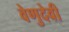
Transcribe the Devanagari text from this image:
वेणुदेवी